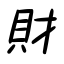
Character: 財